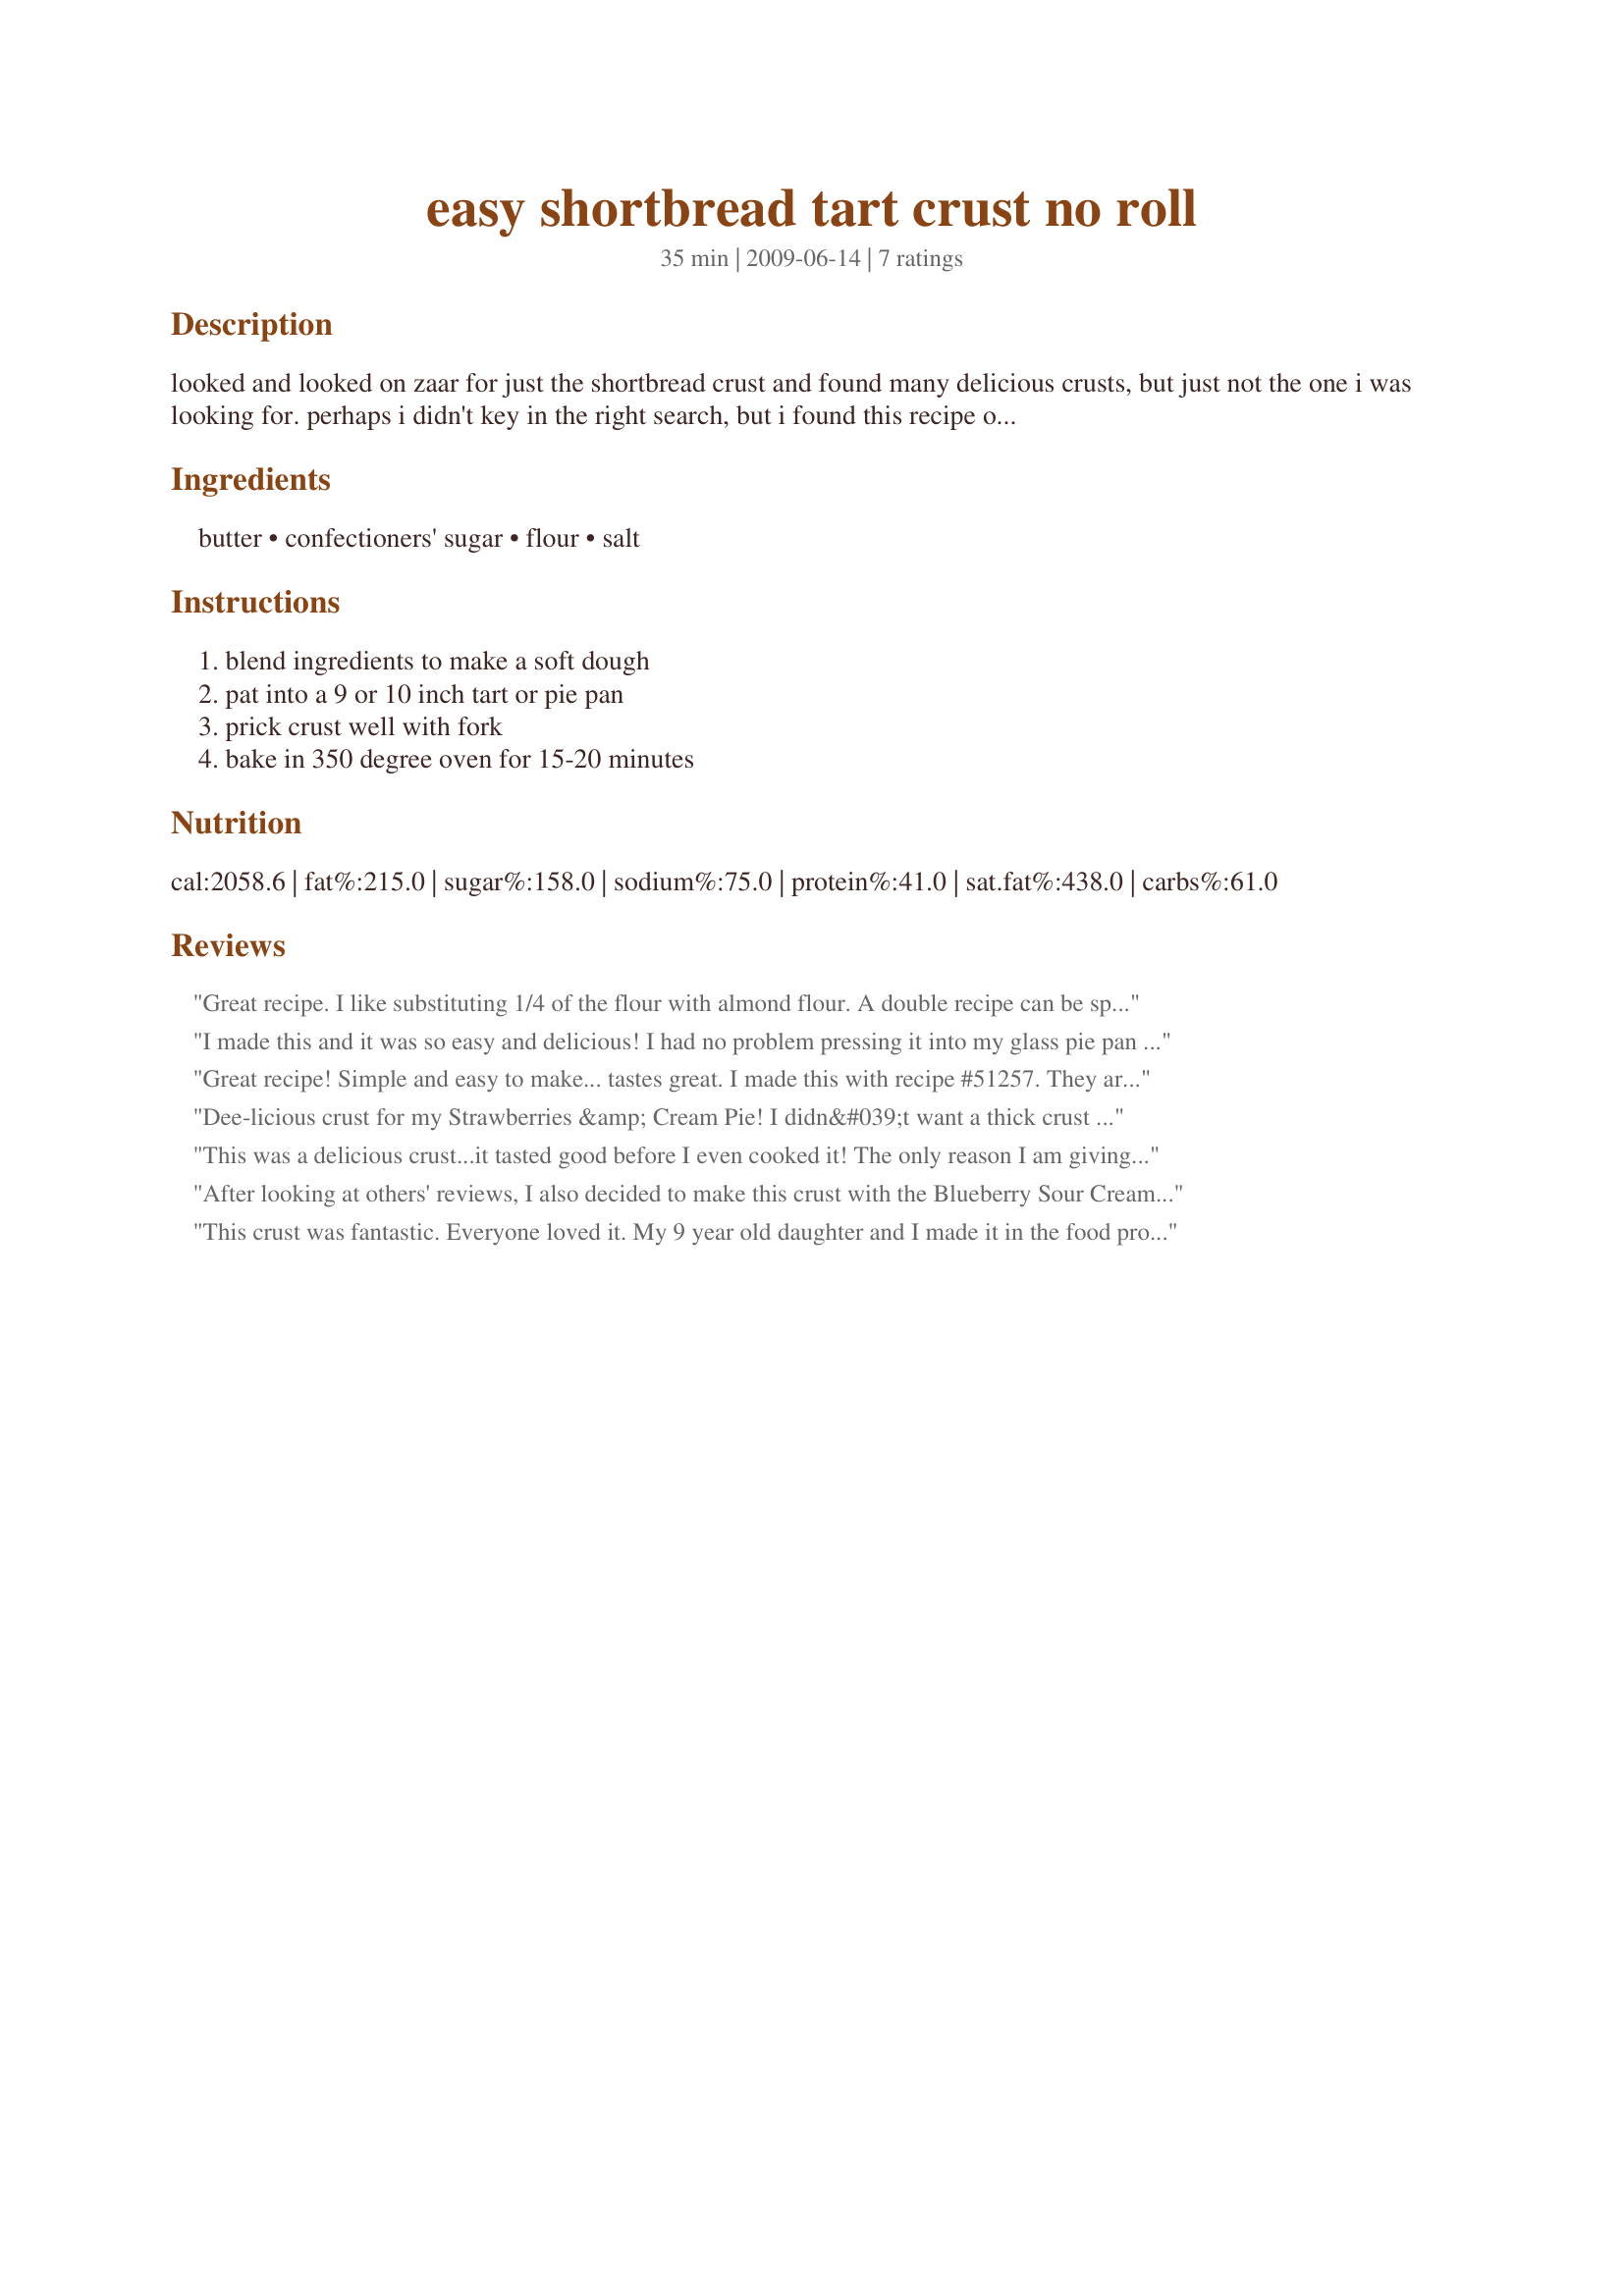
easy shortbread tart crust no roll
Preparation time: 35 minutes

looked and looked on zaar for just the shortbread crust and found many delicious crusts, but just not the one i was looking for. perhaps i didn't key in the right search, but i found this recipe on the web and it's just what i was looking for...simple.

Ingredients:
butter, confectioners' sugar, flour, salt

Steps:
blend ingredients to make a soft dough, pat into a 9 or 10 inch tart or pie pan, prick crust well with fork, bake in 350 degree oven for 15-20 minutes

Reviews:
Great recipe. I like substituting 1/4 of the flour with almond flour. A double recipe can be spread into a half sheet pan and baked. Be sure to poke several holes. I like to spread the cooled crust with lightly sweetened mascarpone and lots of beautiful fresh fruit.
I made this and it was so easy and delicious! I had no problem pressing it into my glass pie pan as shown in the picture. I was even able to make little designes around the sides. I used salted butter instead of unsalted and it turned out perfect! I filled it with homemade lemon curd:) yummy!
Great recipe! Simple and easy to make... tastes great. I made this with recipe #51257. They are perfect together. For that recipe I did not prebake the crust... just rolled it into the pan, poured in the filling and baked according to pie instructions. This made a lot of crust for a 91/2 inch pie. (Which was fine for us!) Thanks!
Dee-licious crust for my Strawberries &amp; Cream Pie! I didn&#039;t want a thick crust so I reduced the flour to just a tad more than 1 cup, used 1 stick salted butter (omitted the salt), and 1/3 cup confectioners sugar. Turned out perfect and was really easy to work with. I beat the mixture with a mixer just until coarse crumbs formed then pressed into my pie plate. Will use it for a blueberries &amp; cream pie next, then a lemon icebox pie. Thanks for sharing your simple yet delicious recipe!
This was a delicious crust...it tasted good before I even cooked it! The only reason I am giving it 4 stars was because I found it almost impossible to press it into my pan! It wouldn't stop sticking to my fingers so I put a little water on my hands and that didn't work..Pam..didn't work...then I used the back of a measuring cup and that didn't work either! So I basically just gobbed it together and did the best I could. I also used this for the Blueberry sour cream pie and it was cooked perfect even without prebaking it. I will try this again...I just have to figure out why it was sticking to me! Oh, I also tried adding a tad more flour...didn't work!
After looking at others' reviews, I also decided to make this crust with the Blueberry Sour Cream Pie. I did not prebake the crust. I thought it was fairly tasty, but it was a bit hard to get out of my 9-inch pie plate even thought I sprayed the plate. I had enough crust left over to make two mini crusts in a muffin tin. I topped one with strawberry Greek yogurt - great pairing!
This crust was fantastic. Everyone loved it. My 9 year old daughter and I made it in the food processor and then smashed it into mini tart molds. I was afraid the crust would be chewy and tough because we really smashed it in to get it even, but it was not. The crusts were light and flaky and delicious. This is going to be my go-to recipe for tart crust. Thank you. (A triple recipe made 12 4 inch tarts and 12 2 inch tarts with a bit of dough left over.)
